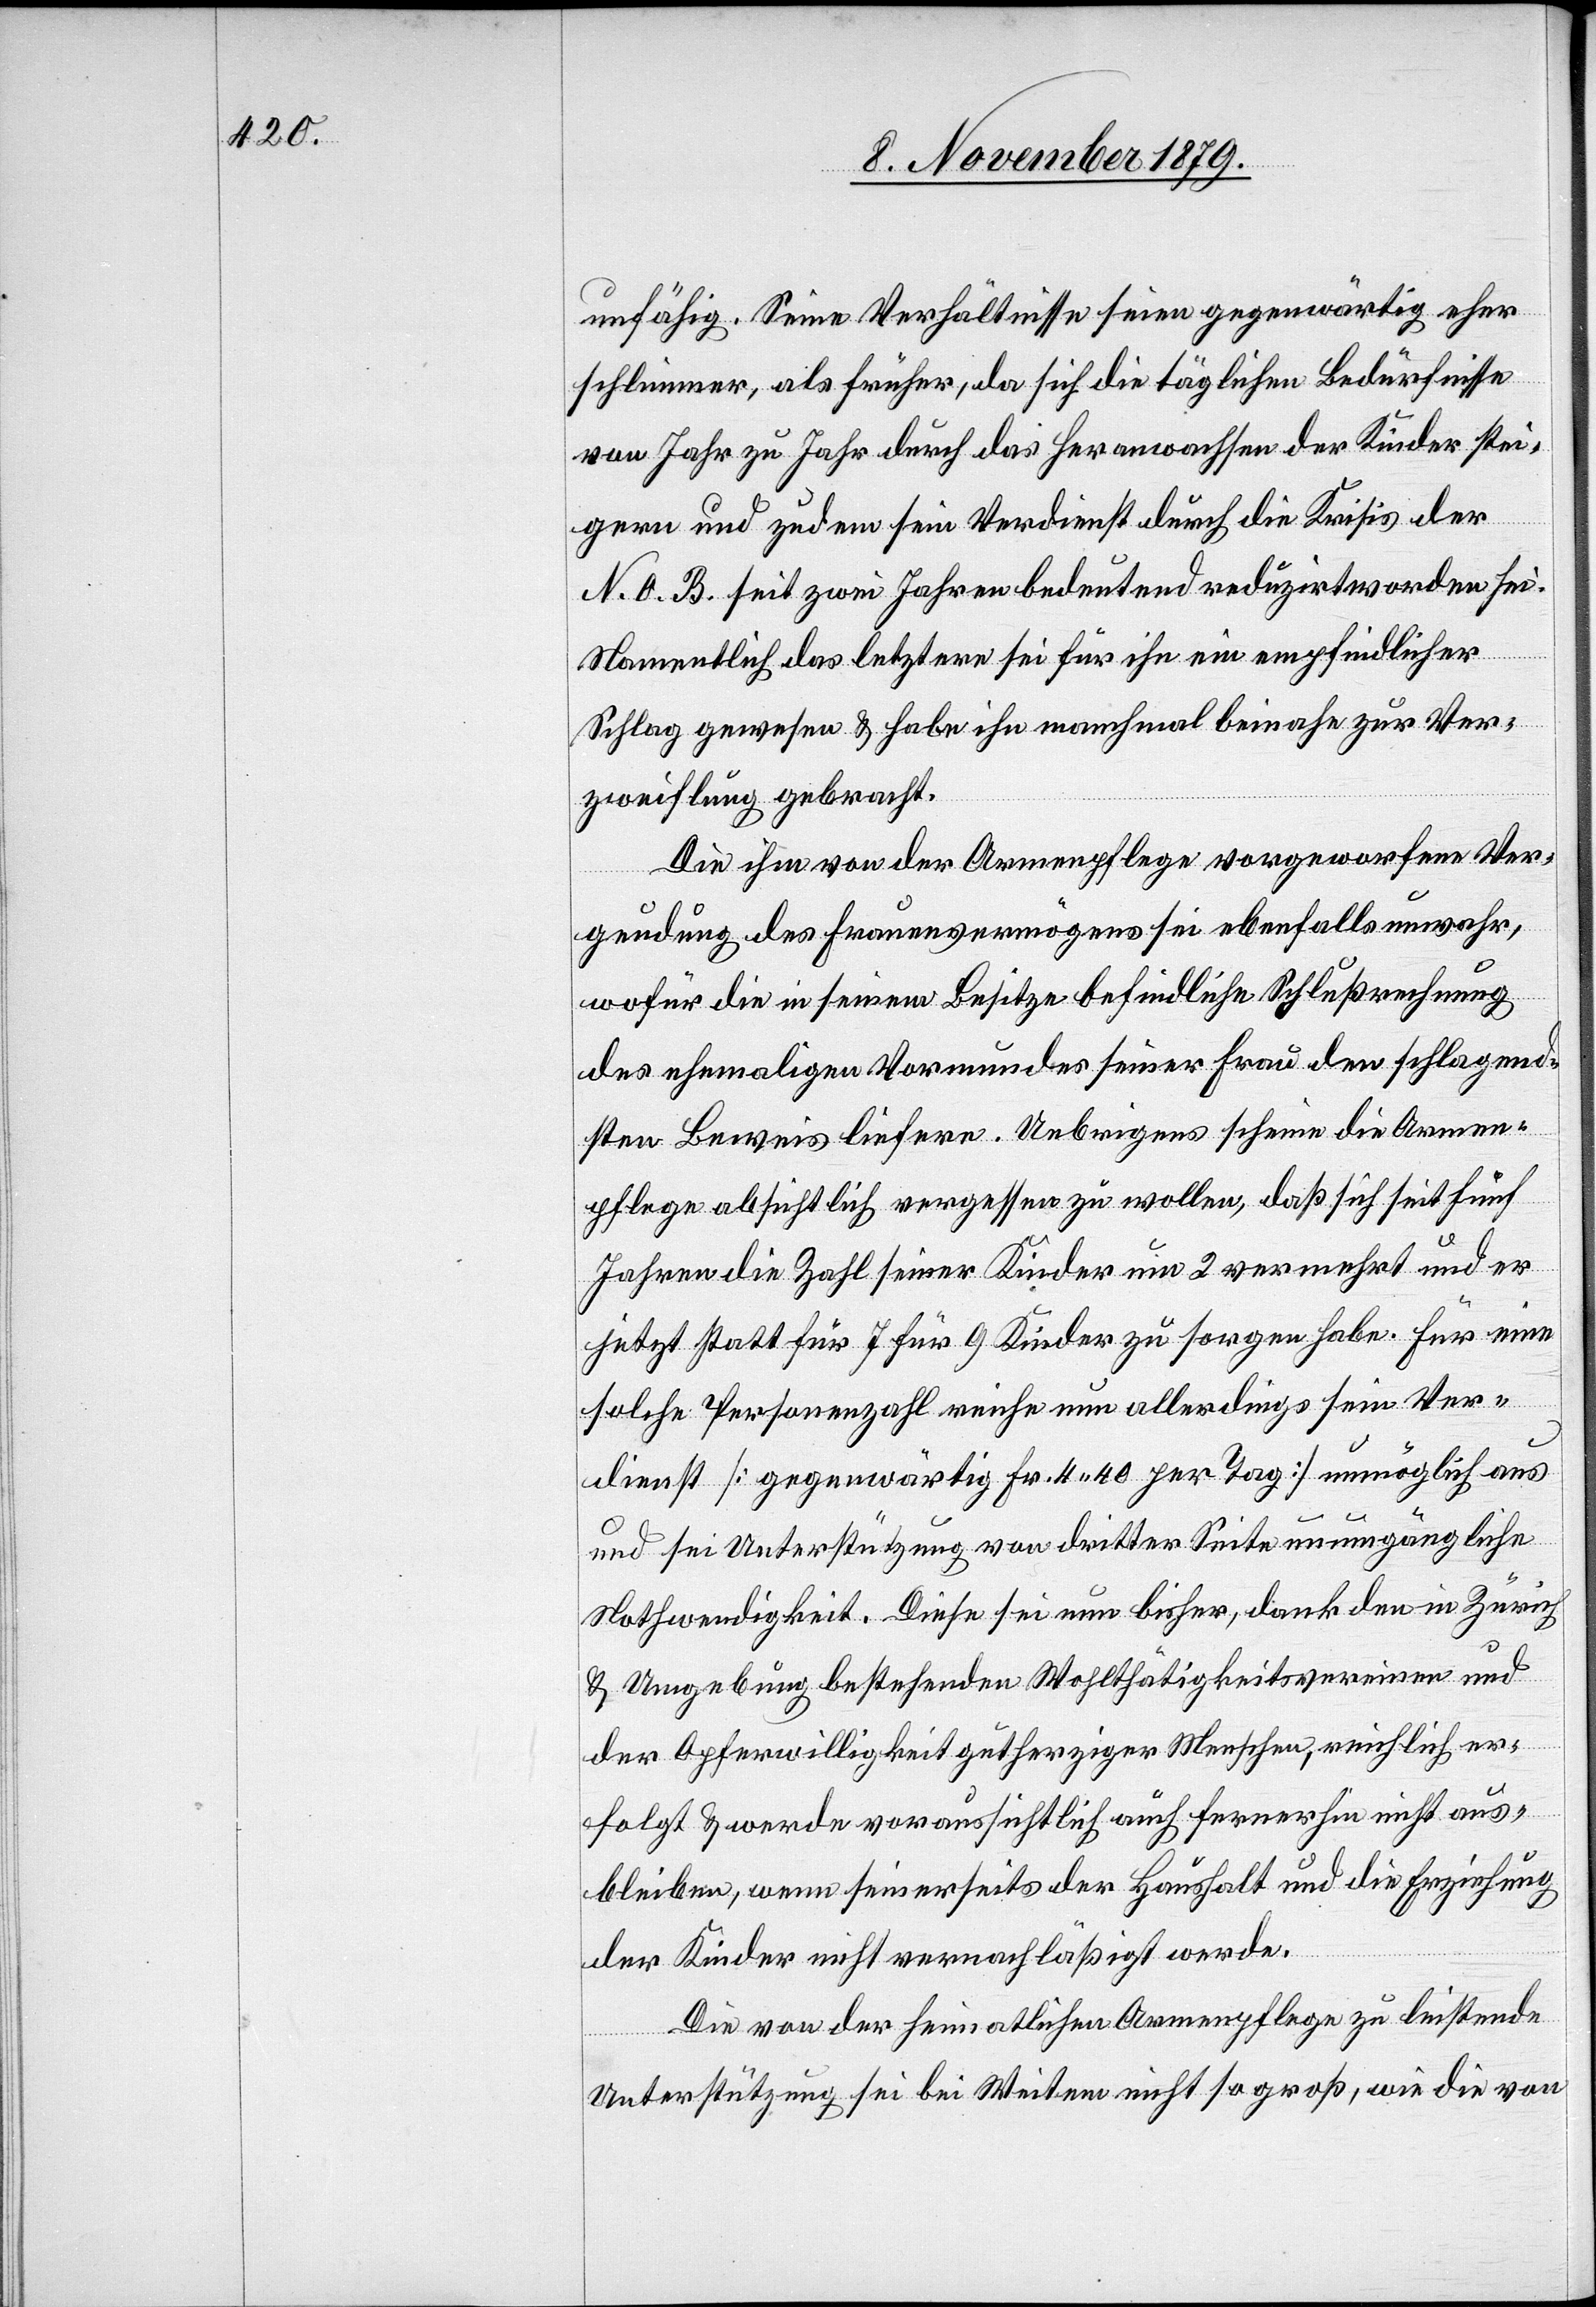
unfähig. Seine Verhältnisse seien gegenwärtig eher
schlimmer, als früher, da sich die täglichen Bedürfnisse
von Jahr zu Jahr durch das Heranwachsen der Kinder stei¬
gern und zudem sein Verdienst durch die Krisis der
N. O. B. seit zwei Jahren bedeutend reduzirt worden sei.
Namentlich das letztere sei für ihn ein empfindlicher
Schlag gewesen & habe ihn manchmal beinahe zur Ver¬
zweiflung gebracht.
Die ihm von der Armenpflege vorgeworfene Ver¬
geudung des Frauenvermögens sei ebenfalls unwahr,
wofür die in seinem Besitze befindliche Schlußrechnung
des ehemaligen Vormundes seiner Frau den schlagend¬
sten Beweis liefere. Uebrigens scheine die Armen¬
pflege absichtlich vergessen zu wollen, daß sich seit fünf
Jahren die Zahl seiner Kinder um 2 vermehrt und er
jetzt statt für 7 Kinder für 9 Kinder zu sorgen habe. Für eine
solche Personenzahl reiche nun allerdings sein Ver¬
dienst [gegenwärtig Fr. 4 40 per Tag] unmöglich aus
und sei Unterstützung von dritter Seite unumgängliche
Nothwendigkeit. Diese sei nun bisher, dank den in Zürich
& Umgebung bestehenden Wohltätigkeitsvereinen und
der Opferwilligkeit gutherziger Menschen, reichlich er¬
folgt & werde voraussichtlich auch fernerhin nicht aus¬
bleiben, wenn seinerseits der Haushalt und die Erziehung
der Kinder nicht vernachläßigt werde.
Die von der heimathlichen Armenpflege zu leistende
Unterstützung sei bei Weitem nicht so groß, wie die von